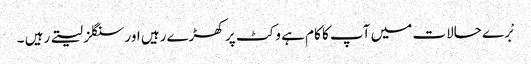
بْرے حالات میں آپ کا کام ہے وکٹ پر کھڑے رہیں اور سنگلز لیتے رہیں ۔